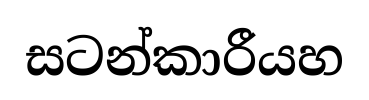
සටන්කාරීයහ